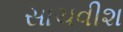
સાચવીશ